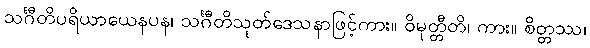
သင်္ဂီတိပရိယာယေနပန၊ သင်္ဂီတိသုတ်ဒေသနာဖြင့်ကား။ ဝိမုတ္တီတိ၊ ကား။ စိတ္တဿ၊